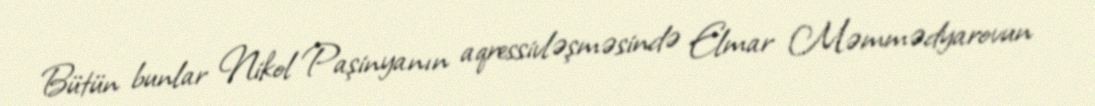
Bütün bunlar Nikol Paşinyanın aqressivləşməsində Elmar Məmmədyarovun